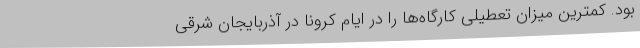
بود. کمترین میزان تعطیلی کارگاه‌ها را در ایام کرونا در آذربایجان شرقی